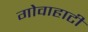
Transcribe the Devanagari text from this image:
गोवाहाटी